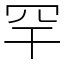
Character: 罕